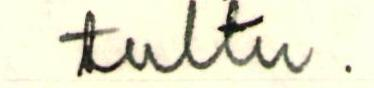
tultu.